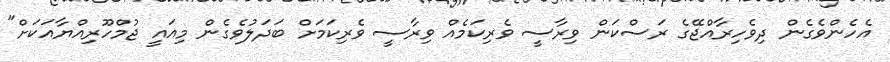
އެހެންވެގެން ދިވެހިރާއްޖޭގެ ރަސްކަން ވިރާސީ ވެރިކަމެއް ވިރާސީ ވެރިކަމަށް ބަދަލުވެގެން މިއައީ ޖުމްހޫރިއްޔާއަކަށް"